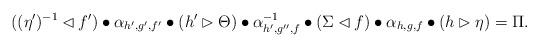
LaTeX: \begin{align*}((\eta')^{-1}\lhd f')\bullet \alpha_{h',g',f'} \bullet (h' \rhd \Theta)\bullet \alpha^{-1}_{h',g'',f}\bullet (\Sigma\lhd f) \bullet \alpha_{h,g,f} \bullet (h \rhd \eta)=\Pi. \end{align*}